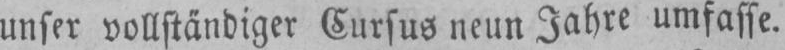
unser vollständiger Cursus neun Jahre umfasse.